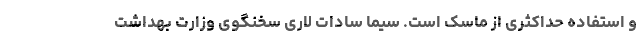
و استفاده حداکثری از ماسک است. سیما سادات لاری سخنگوی وزارت بهداشت